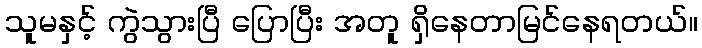
သူမနှင့် ကွဲသွားပြီ ပြောပြီး အတူ ရှိနေတာမြင်နေရတယ်။